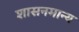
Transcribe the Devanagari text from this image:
शासनमान्‍य